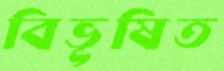
বিভূষিত